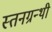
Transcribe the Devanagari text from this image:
स्तनग्रन्थी